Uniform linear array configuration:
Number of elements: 24
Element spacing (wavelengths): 0.25
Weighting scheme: binomial
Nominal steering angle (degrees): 30
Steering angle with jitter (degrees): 30.564
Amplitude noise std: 0.05
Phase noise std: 0.05

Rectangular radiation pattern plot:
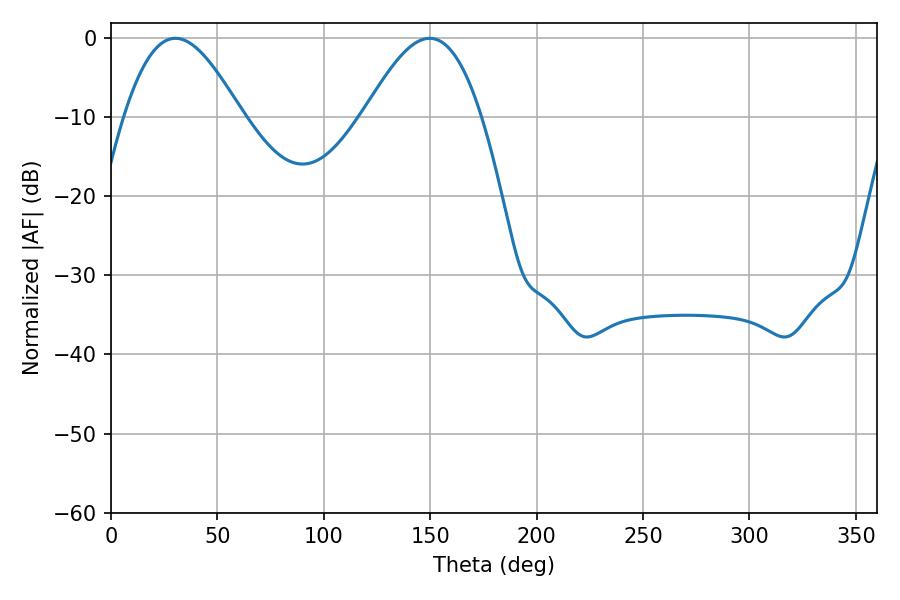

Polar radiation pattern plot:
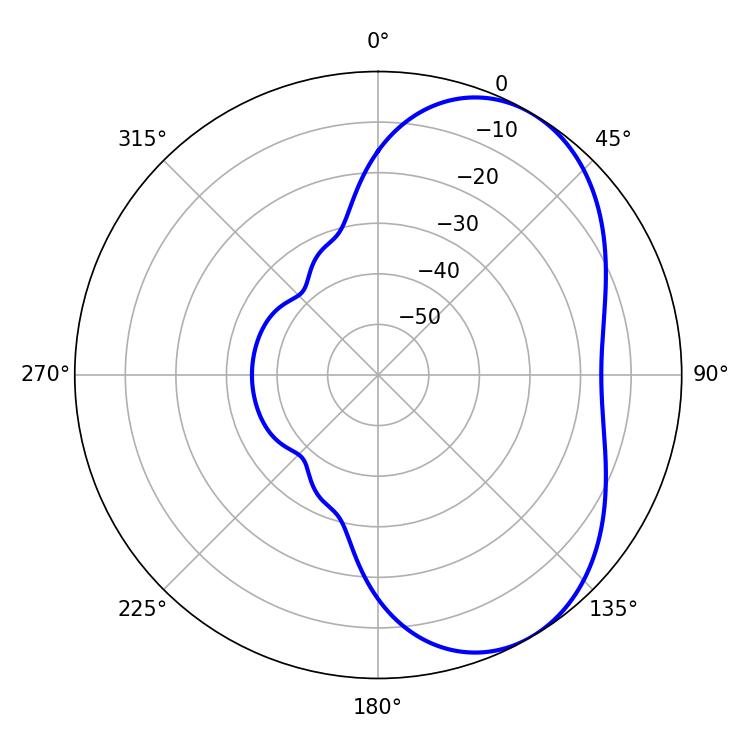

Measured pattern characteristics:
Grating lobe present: FALSE
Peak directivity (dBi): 5.102
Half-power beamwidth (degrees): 29.7
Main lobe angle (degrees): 30.24